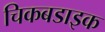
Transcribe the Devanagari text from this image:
चिकबडाइक